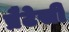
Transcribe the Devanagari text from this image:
प्रैटेसी